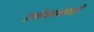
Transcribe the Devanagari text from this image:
प्रयोजनांसाठी